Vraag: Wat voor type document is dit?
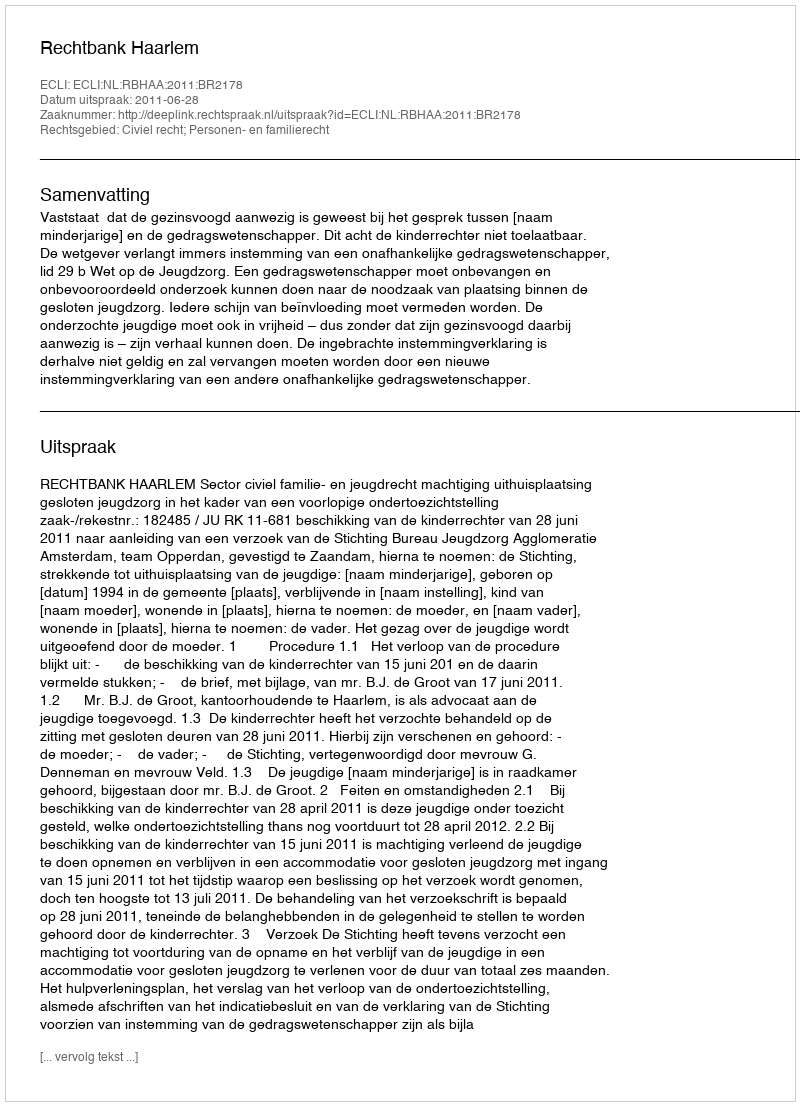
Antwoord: Uitspraak